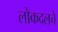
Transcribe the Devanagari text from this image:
लोकदलचे